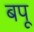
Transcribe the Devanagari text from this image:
बपू